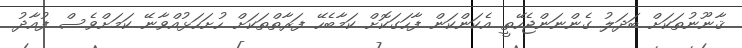
ޤާނޫނުތަކަށް ބަދަލު ގެންނަންޖެހޭތީ އެކަންކަން ފާހަގަކޮށް ކަމާބެހޭ ފަރާތްތަކަށް ހުށަހަޅުއްވާނޭ ކަމަށްވެސް ފުއާދު